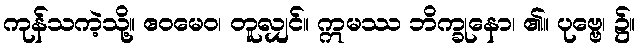
ကုန်သကဲ့သို့။ ဧဝမေဝ၊ တူလျှင်။ ဣမဿ ဘိက္ခုနော၊ ၏။ ပုဗ္ဗေ၊ ၌။